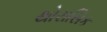
થોરાસિક